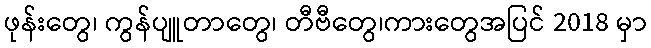
ဖုန်းတွေ၊ ကွန်ပျူတာတွေ၊ တီဗီတွေ၊ကားတွေအပြင် 2018 မှာ